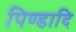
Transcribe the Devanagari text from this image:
पिण्डादि